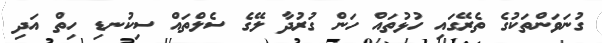
ގުނަވަންތަކުގެ ތެރޭގައި ހުޅުތައް ހަން ގުރުދާ ލޭގެ ސެލްތައް ސިކުނޑި ހިތް އަދި